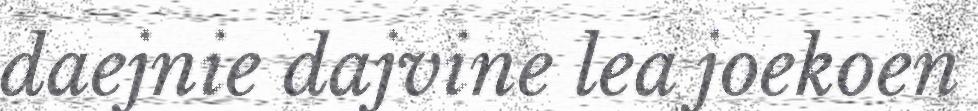
daejnie dajvine lea joekoen